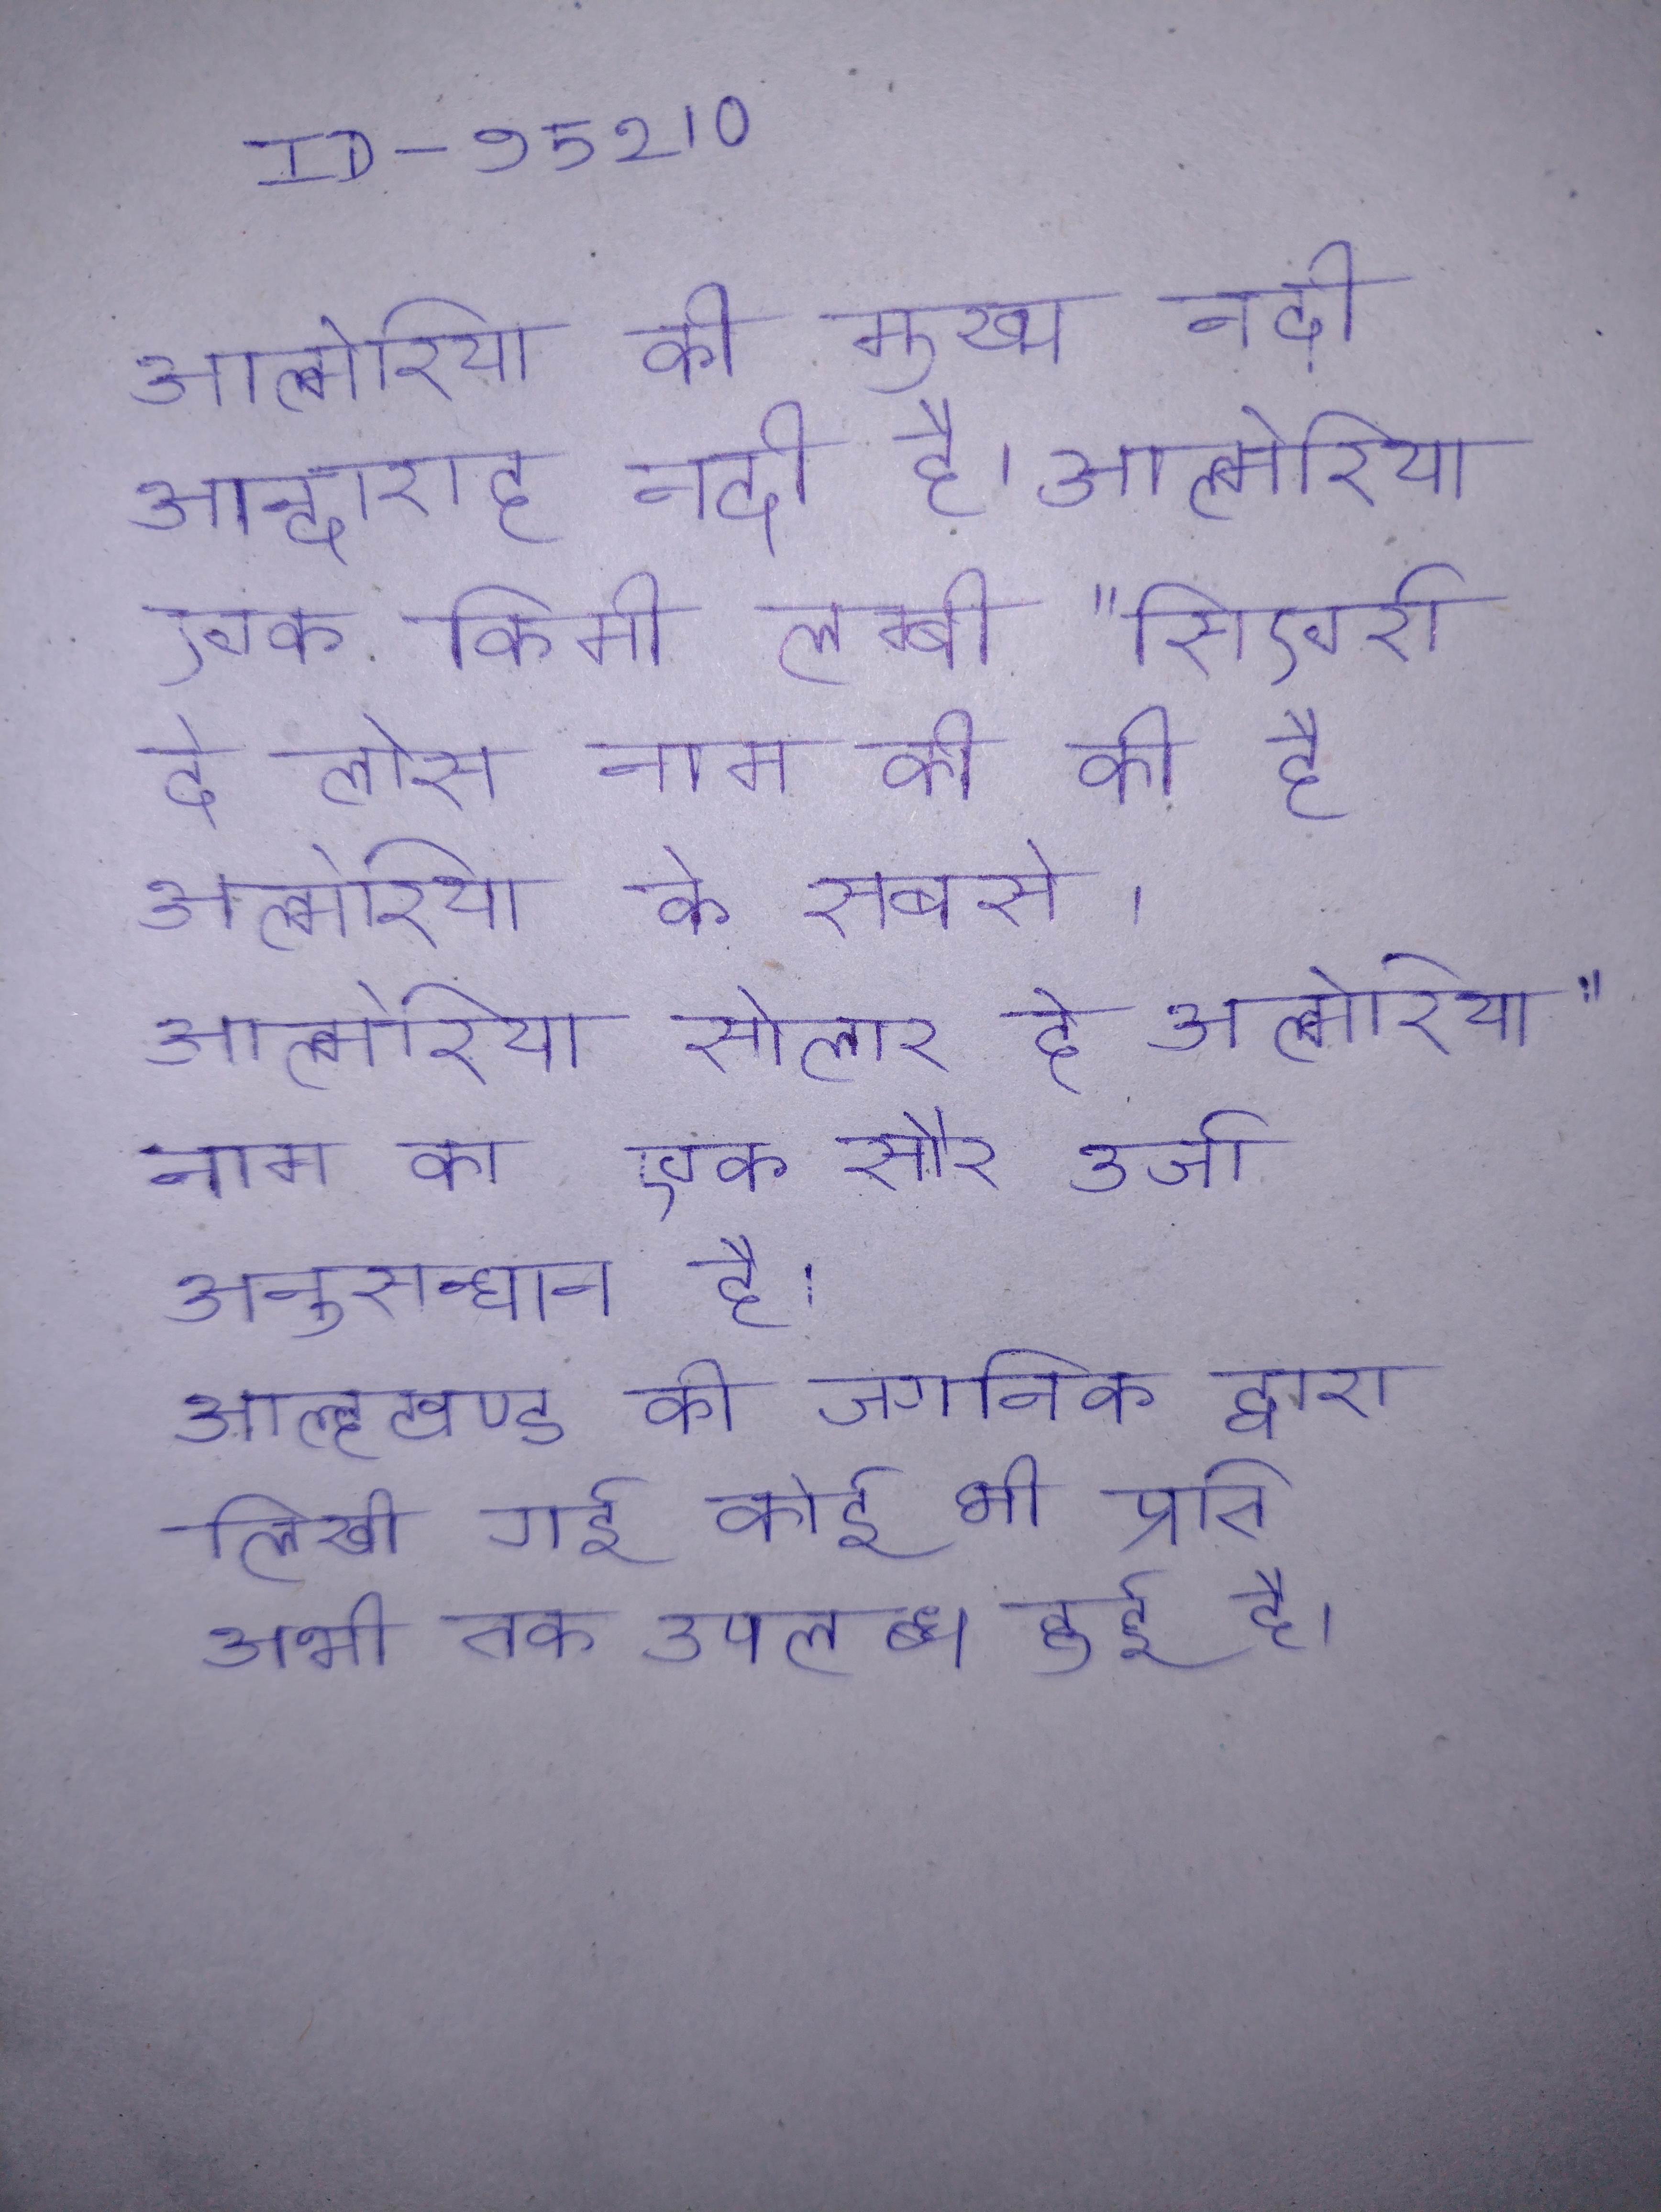
आल्मेरिया की मुख्य नदी आन्दाराह नदी है । आल्मेरिया एक किमी लम्बी "सिएर्रा दे लोस नाम की की है अल्मेरिया के सबसे । आल्मेरिया सोलार दे अल्मेरिया" नाम का एक सौर उर्जा अनुसन्धान है । आल्हखण्ड की जगनिक द्वारा लिखी गई कोई भी प्रति अभी तक उपलब्ध हुई है ।